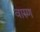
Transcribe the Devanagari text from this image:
वारुण